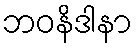
ဘဝနိဒါနာ